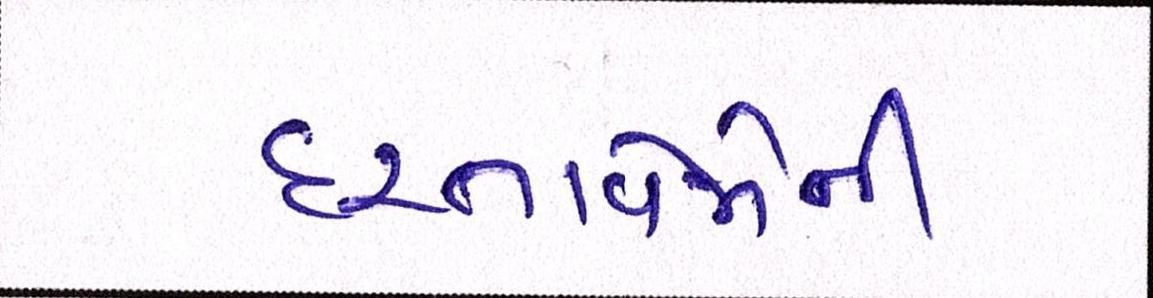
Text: દસ્તાવેજોની